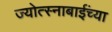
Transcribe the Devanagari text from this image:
ज्योत्स्नाबाईंच्या